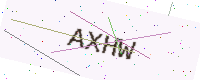
Text: AXHW